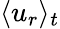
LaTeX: \langle u_{r}\rangle_{t}